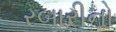
રબારીનો